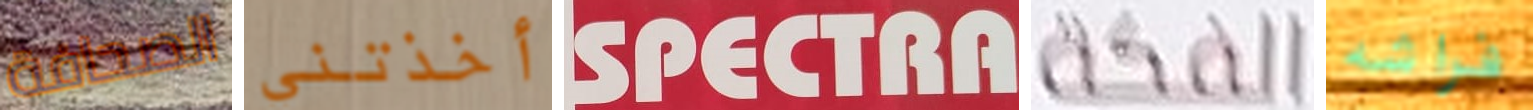
الصحافة أخذتني SPECTRA الفكة فراشه